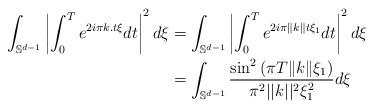
LaTeX: \begin{align*} \int_{\mathbb{S}^{d-1}}\left|\int_0^Te^{2i\pi k.t\xi}dt\right|^2d\xi &=\int_{\mathbb{S}^{d-1}}\left|\int_0^Te^{2i\pi \|k \| t\xi_1}dt\right|^2d\xi \\ &= \int_{\mathbb{S}^{d-1}} \frac{\sin^2{(\pi T \|k \| \xi_1)} }{\pi^2 || k||^2 \xi_1^2}d\xi \end{align*}